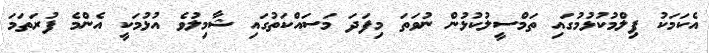
އެކަމަކު ފިލްމުކުޅުމުގައި ތަމްސީލުކުޅުން ނުވަތަ މިފަދަ މަސައްކަތުގައި ޝާމިލުވެ އުޅުމަކީ އެންމެ ފުރަތަމަ